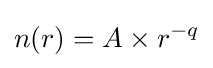
n(r)=A\times r^{-q}